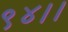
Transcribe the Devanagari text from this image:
९४।।